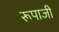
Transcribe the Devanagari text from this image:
रूपाजी